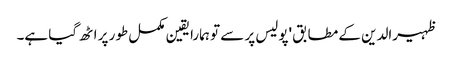
ظہیرالدین کے مطابق 'پولیس پر سے تو ہمارا یقین مکمل طور پر اٹھ گیا ہے۔